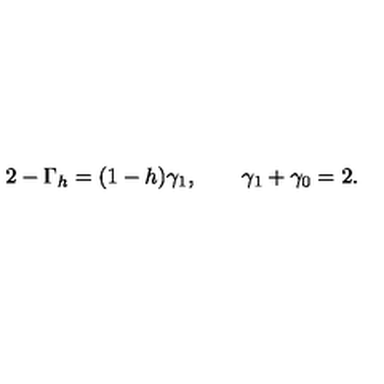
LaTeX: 2 - \Gamma _ { h } = ( 1 - h ) \gamma _ { 1 } , \qquad \gamma _ { 1 } + \gamma _ { 0 } = 2 .